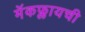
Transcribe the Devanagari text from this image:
मॅकफ्लायची